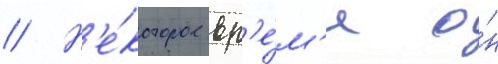
// Н'е́которое вр'е́м'я о́н